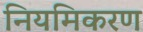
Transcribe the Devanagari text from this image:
नियमिकरण